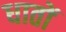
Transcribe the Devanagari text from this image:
धातों